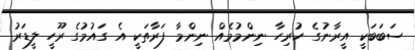
ސަބަބަކީ އީރާނުގެ ހުރިހާ ނިންމުމެއް ނިންމާ ފަރާތަކީ އެ ގައުމުގެ ރޫހީ ލީޑަރު